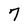
Character: 7